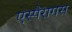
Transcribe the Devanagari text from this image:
एस्पैरागस